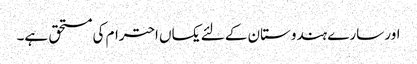
اور سارے ہندوستان کے لئے یکساں احترام کی مستحق ہے۔